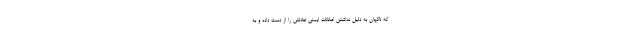
که ناگهان به دلیل نداشتن امکانات ایمنی تعادلش را از دست داده و به